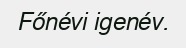
Főnévi igenév.